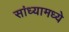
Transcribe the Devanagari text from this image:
सांध्यामध्ये